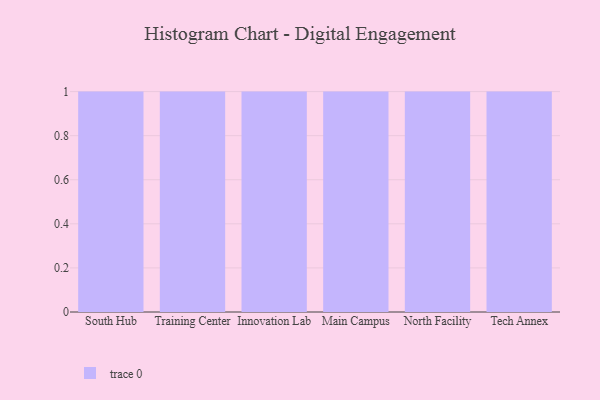
{"axis": {"x": "Campus", "y": "Revenue (USD Million)"}, "legend": [""], "data": [{"x": "South Hub", "y": 49, "type": ""}, {"x": "Training Center", "y": 74, "type": ""}, {"x": "Innovation Lab", "y": 60, "type": ""}, {"x": "Main Campus", "y": 28, "type": ""}, {"x": "North Facility", "y": 72, "type": ""}, {"x": "Tech Annex", "y": 27, "type": ""}]}